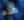
هذه